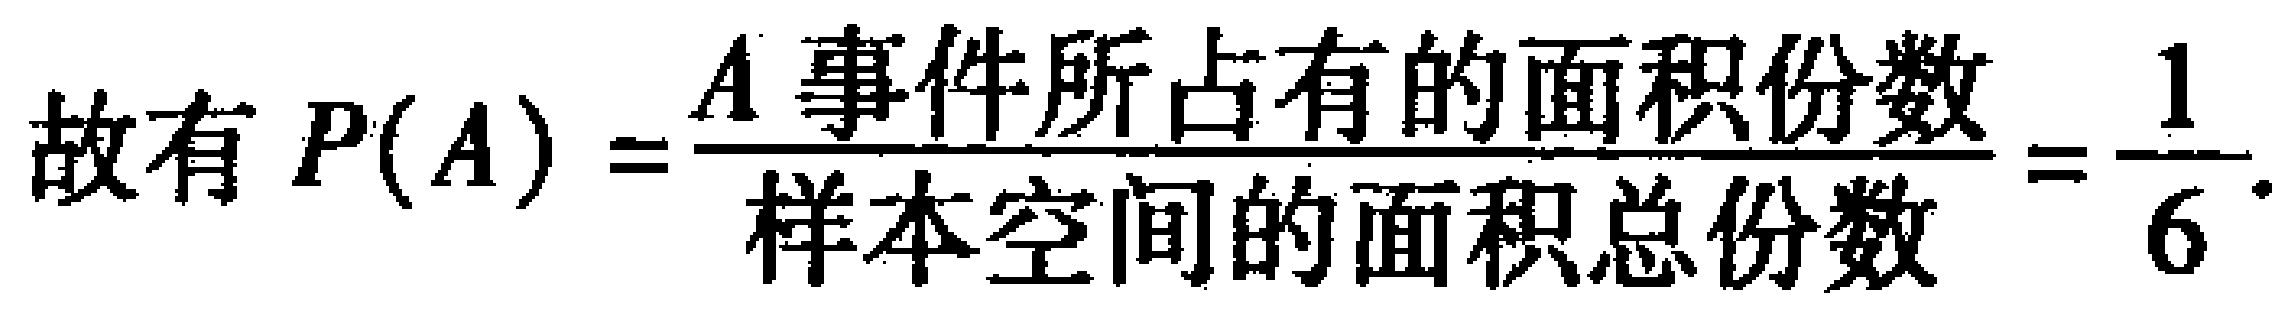
故有 \(P(A)=\frac{A\text{ 事件所占有的面积份数}}{样本空间的面积总份数}=\frac{1}{6}\)。